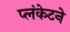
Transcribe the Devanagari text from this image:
प्लंकेटने